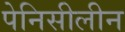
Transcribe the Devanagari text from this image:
पेनिसीलीन